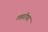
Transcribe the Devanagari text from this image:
लहरीवर